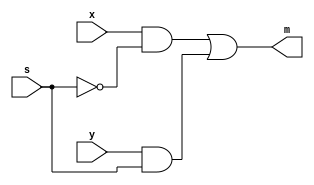
/**
 * A 2-to-1 multiplexer.
 */
module mux2to1(
  input x, y, s,
  output m
  );
	assign m = x & ~s | y & s;
endmodule // mux2to1

//////////////////////////////////////////////////////////////////////////////

/**
 * A 4-to-1 multiplexer.
 */
module mux4to1(
	input x0, x1, x2, x3, s0, s1,
	output out
	);
	wire out01, out23;
	mux2to1 m0( .x(x0), .y(x1), .s(s0), .m(out01) );
	mux2to1 m1( .x(x2), .y(x3), .s(s0), .m(out23) );
	mux2to1 m2( .x(out01), .y(out23), .s(s1), .m(out) );
endmodule // mux4to1